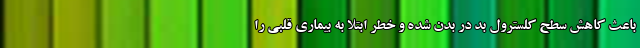
باعث کاهش سطح کلسترول بد در بدن شده و خطر ابتلا به بیماری قلبی را